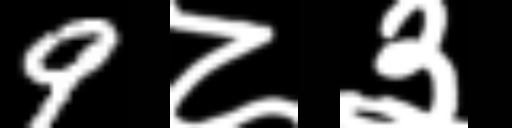
Text: 9८३